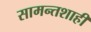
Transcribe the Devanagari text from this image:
सामन्‍तशाही